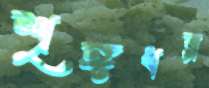
শৃঙ্গধর